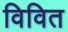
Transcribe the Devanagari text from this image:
विवित